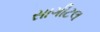
સાગીટલ